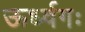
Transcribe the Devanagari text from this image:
ऊर्ध्वगः